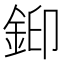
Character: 𮡳